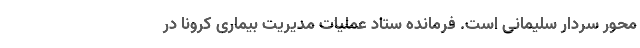
محور سردار سلیمانی است. فرمانده ستاد عملیات مدیریت بیماری کرونا در